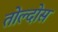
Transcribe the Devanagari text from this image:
तोल्दोस